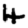
Digit: 4